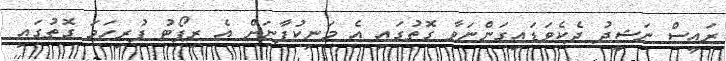
ރައީސް ނަޝީދު ދެކެވަޑައިގަންނަވާ ގޮތުގައި އެ މަނިކުފާނަށް އެ ރިޕޯޓު ފުރިހަމަ ގޮތުގައި